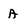
Character: A